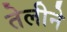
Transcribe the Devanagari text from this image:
तेलीने